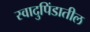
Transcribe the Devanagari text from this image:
स्वादुपिंडातील